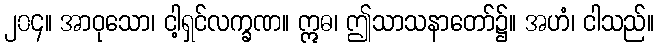
၂၀၄။ အာဝုသော၊ ငါ့ရှင်လက္ခဏ။ ဣဓ၊ ဤသာသနာတော်၌။ အဟံ၊ ငါသည်။